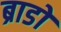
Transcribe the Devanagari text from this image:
ब्राडों